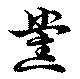
黨